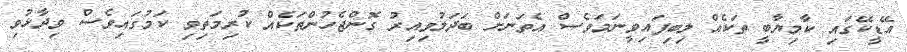
އޭޑީކޭގައި ކާމިޔާބީ ތަކެއް ލިބިފައިވީނަމަވެސް އެތަނަށް ބަދަލުވިއިރު ގޮންޖެހުންތަކެއް ކުރިމަތިވި ކަމުގައިވެސް ވިދާޅުވި